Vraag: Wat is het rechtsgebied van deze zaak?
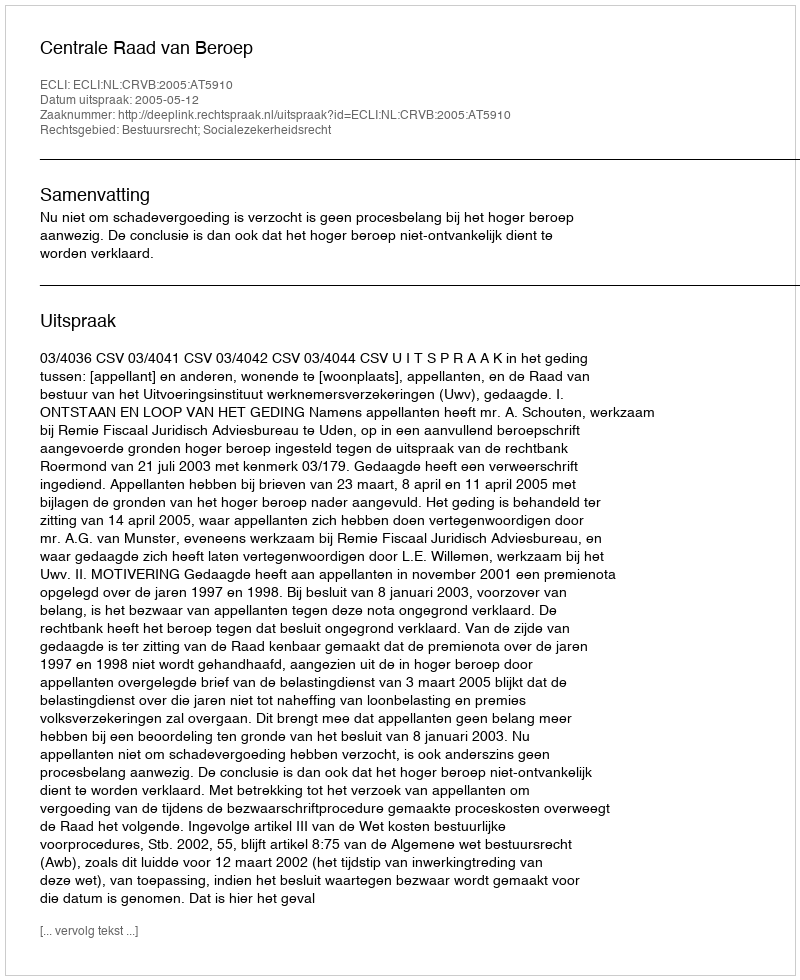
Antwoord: Bestuursrecht; Socialezekerheidsrecht